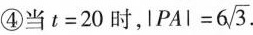
④当t=20时， $$| P A | = 6 \sqrt{3}$$